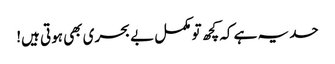
حد یہ ہے کہ کچھ تو مکمل بے بحری بھی ہوتی ہیں!